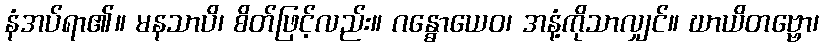
နံအပ်ရာ၏။ မနသာပိ၊ စိတ်ဖြင့်လည်း။ ဂန္ဓောယေဝ၊ အနံ့ကိုသာလျှင်။ ဃာယိတဗ္ဗော၊